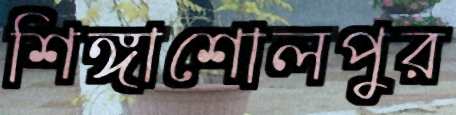
শিঙ্গাশোলপুর